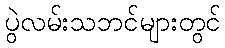
ပွဲလမ်းသဘင်များတွင်